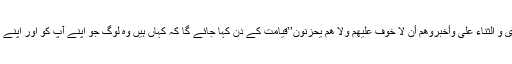
اجعلوھم فی ریاض المسک، ثم یقال للملا ئکہ: أسمعوھم حمدی و الثناء علی وأخبروھم أن لا خوف علیھم ولا ھم یحزنون’’قیامت کے دن کہا جائے گا کہ کہاں ہیں وہ لوگ جو اپنے آپ کو اور اپنے کاموں کو لہو و لعب اور شیطانی باجوں سے بچاتے تھے؟